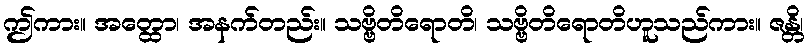
ဤကား။ အတ္ထော၊ အနက်တည်း။ သဗ္ဗိတိရောတိ၊ သဗ္ဗိတိရောတိဟူသည်ကား။ ဇန္တိ၊